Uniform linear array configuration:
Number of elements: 32
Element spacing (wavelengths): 0.75
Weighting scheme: kaiser
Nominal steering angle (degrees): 60
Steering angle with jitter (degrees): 59.369
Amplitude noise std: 0.05
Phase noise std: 0.05

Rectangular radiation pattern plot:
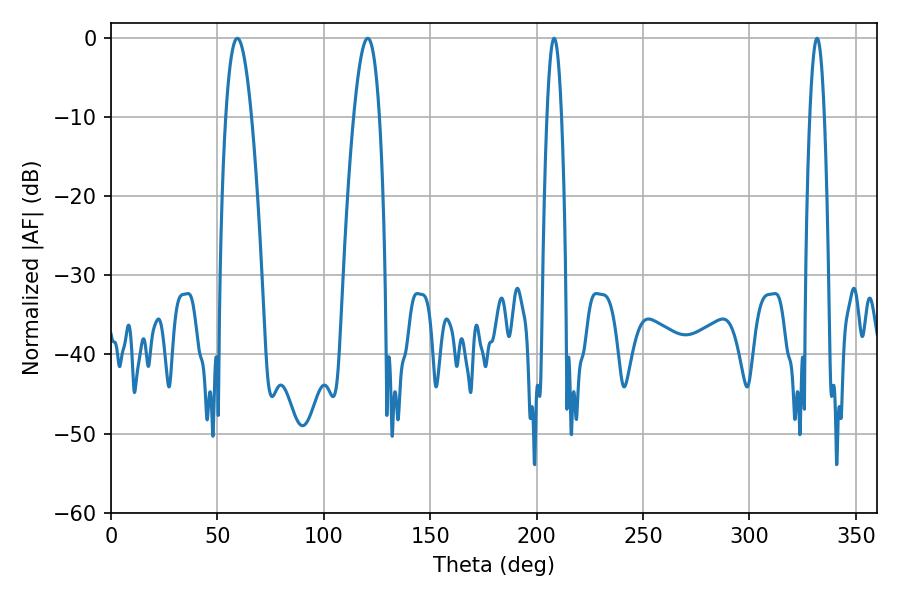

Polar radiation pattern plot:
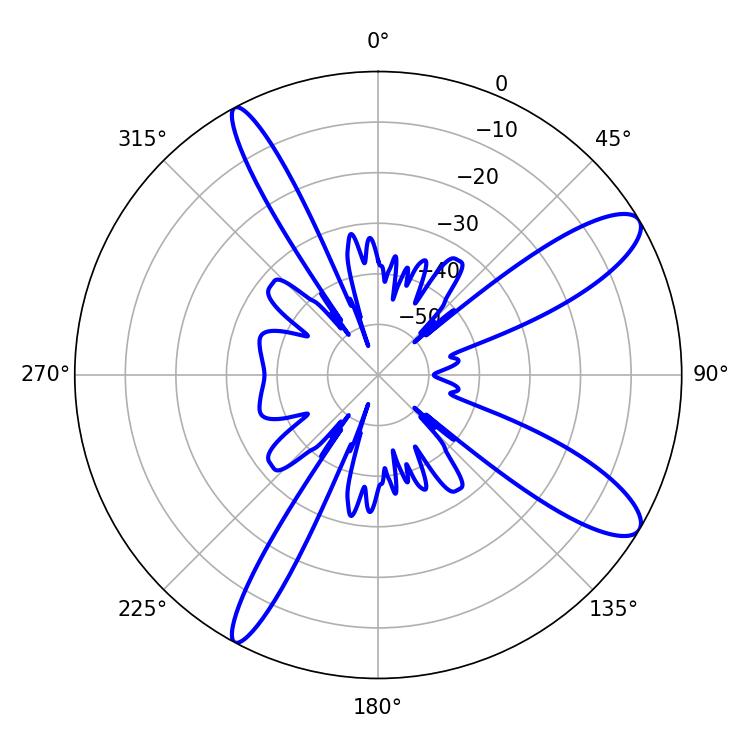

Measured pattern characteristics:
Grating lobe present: TRUE
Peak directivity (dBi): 11.308
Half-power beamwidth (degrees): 6.66
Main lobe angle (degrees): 59.4